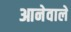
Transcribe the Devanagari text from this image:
आनेवालें